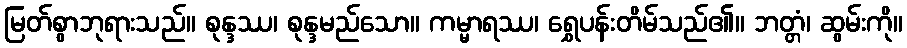
မြတ်စွာဘုရားသည်။ စုန္ဒဿ၊ စုန္ဒမည်သော။ ကမ္မာရဿ၊ ရွှေပန်းတိမ်သည်၏။ ဘတ္တံ၊ ဆွမ်းကို။